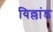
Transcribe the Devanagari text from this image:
यिल्लांड